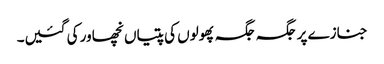
جنازے پر جگہ جگہ پھولوں کی پتیاں نچھاور کی گئیں۔